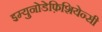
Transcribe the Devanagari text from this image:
इम्युनोडेफ़िशियेन्सी